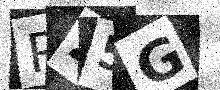
Text: RZ5G